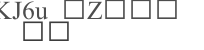
٨٣